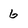
Character: 6